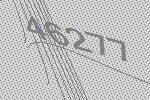
46277